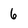
Character: 6